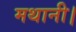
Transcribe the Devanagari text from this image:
मथानी।